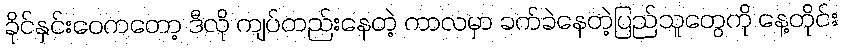
ခိုင်နှင်းဝေကတော့ ဒီလို ကျပ်တည်းနေတဲ့ ကာလမှာ ခက်ခဲနေတဲ့ပြည်သူတွေကို နေ့တိုင်း